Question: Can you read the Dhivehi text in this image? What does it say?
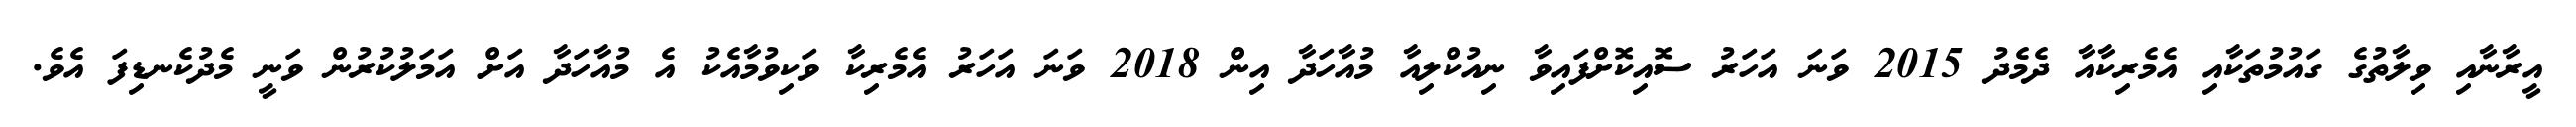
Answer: އީރާނާއި ވިލާތުގެ ގައުމުތަކާއި އެމެރިކާއާ ދެމެދު 2015 ވަނަ އަހަރު ސޮއިކޮށްފައިވާ ނިއުކްލިއާ މުއާހަދާ އިން 2018 ވަނަ އަހަރު އެމެރިކާ ވަކިވުމާއެކު އެ މުއާހަދާ އަށް އަމަލުކުރުން ވަނީ މެދުކެނޑިފަ އެވެ.